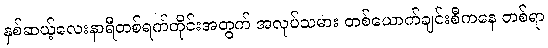
နှစ်ဆယ့်လေးနာရီတစ်ရက်တိုင်းအတွက် အလုပ်သမား တစ်ယောက်ချင်းစီကနေ တစ်ရာ